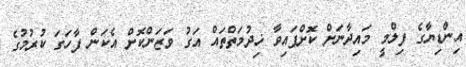
އިންޑިޔާގެ ފިލްމީ މައިދާނަށް ކޮށްފައިވާ ޚިދުމަތްތައް އަގު ވަޒަންކޮށް އެކަން ފާހަގަ ކުރުމުގެ